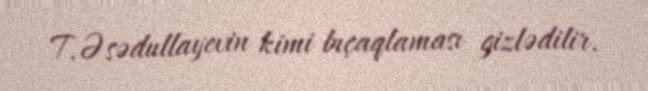
T.Əsədullayevin kimi bıçaqlaması gizlədilir.